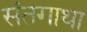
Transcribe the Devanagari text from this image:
संतगाथा